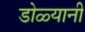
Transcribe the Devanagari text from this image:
डोळ्यानी